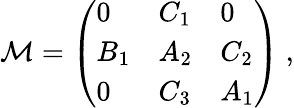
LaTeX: {\cal M}=\left(\begin{array}{lll}{{0}}&{{C_{1}}}&{{0}}\\ {{B_{1}}}&{{A_{2}}}&{{C_{2}}}\\ {{0}}&{{C_{3}}}&{{A_{1}}}\end{array}\right)~,